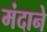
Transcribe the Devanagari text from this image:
मंदाने